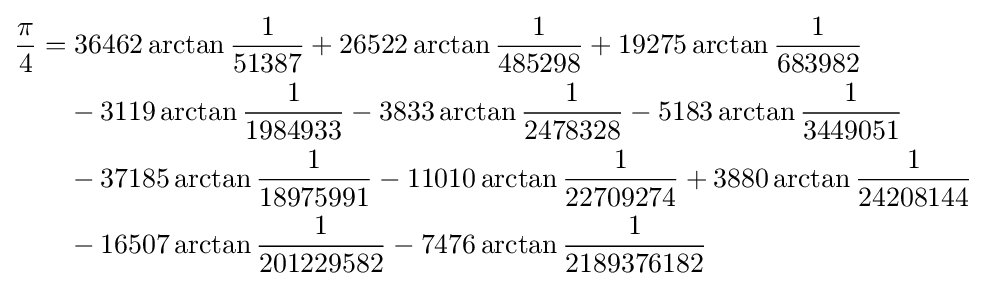
{\begin{aligned}{\frac {\pi }{4}}=&\;36462\arctan {\frac {1}{51387}}+26522\arctan {\frac {1}{485298}}+19275\arctan {\frac {1}{683982}}\\&-3119\arctan {\frac {1}{1984933}}-3833\arctan {\frac {1}{2478328}}-5183\arctan {\frac {1}{3449051}}\\&-37185\arctan {\frac {1}{18975991}}-11010\arctan {\frac {1}{22709274}}+3880\arctan {\frac {1}{24208144}}\\&-16507\arctan {\frac {1}{201229582}}-7476\arctan {\frac {1}{2189376182}}\\\end{aligned}}